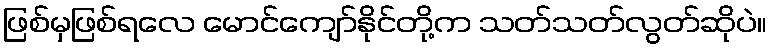
ဖြစ်မှဖြစ်ရလေ မောင်ကျော်နိုင်တို့က သတ်သတ်လွတ်ဆိုပဲ။